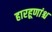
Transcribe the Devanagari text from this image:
हारहूणांश्च